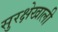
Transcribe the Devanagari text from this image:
सुरक्षेखाली